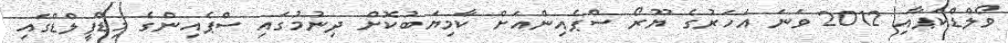
ވޯލްޑްކަޕާއި 2012 ވަނަ އަހަރުގެ ޔޫރޯ ސްޕެއިންއަށް ކާމިޔަބުކޮށް ދިނުމުގައި ސްޕެއިންގެ މިޑްފީލްޑްގައި